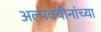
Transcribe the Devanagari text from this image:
अल्पवयीनांच्या